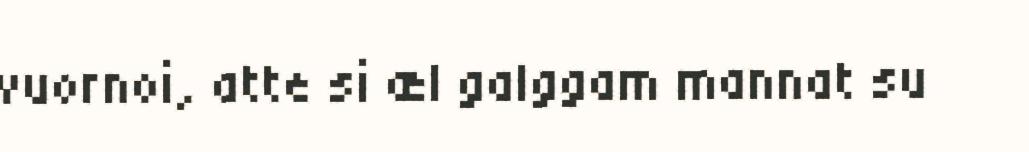
vuornoi, atte si æl galggam mannat su